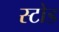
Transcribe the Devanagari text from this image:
स्टोड